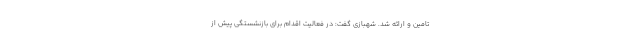
تامین و ارائه شد. شهبازی گفت: در فعالیت اقدام برای بازنشستگی پیش از